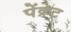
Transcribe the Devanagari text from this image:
पेंक्रेट